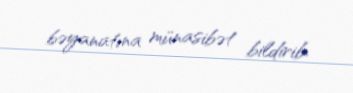
bəyanatına münasibət bildirib.